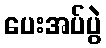
ပေးအပ်ပွဲ